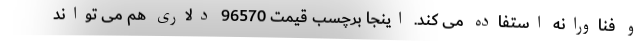
و فناورانه استفاده می کند. اینجا برچسب قیمت 96570 دلاری هم می تواند